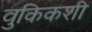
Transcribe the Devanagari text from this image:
वुकिकशी